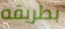
بطريقه